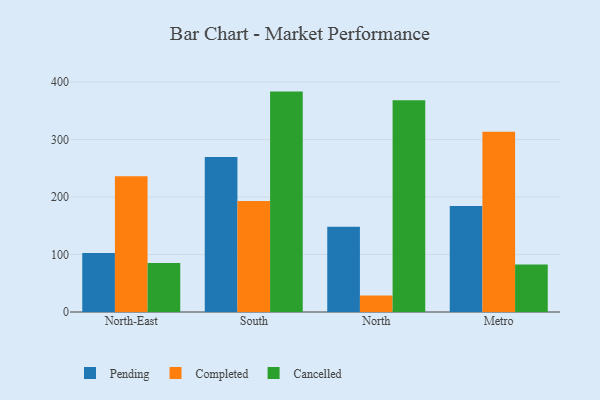
{"axis": {"x": "Region", "y": "Page Views"}, "legend": ["Cancelled", "Completed", "Pending"], "data": [{"x": "North-East", "y": 102.8, "type": "Pending"}, {"x": "North-East", "y": 236.0, "type": "Completed"}, {"x": "North-East", "y": 85.4, "type": "Cancelled"}, {"x": "South", "y": 269.5, "type": "Pending"}, {"x": "South", "y": 193.0, "type": "Completed"}, {"x": "South", "y": 383.4, "type": "Cancelled"}, {"x": "North", "y": 148.3, "type": "Pending"}, {"x": "North", "y": 28.9, "type": "Completed"}, {"x": "North", "y": 368.5, "type": "Cancelled"}, {"x": "Metro", "y": 184.2, "type": "Pending"}, {"x": "Metro", "y": 313.5, "type": "Completed"}, {"x": "Metro", "y": 82.6, "type": "Cancelled"}]}